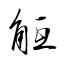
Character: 觝